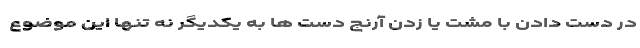
در دست دادن با مشت یا زدن آرنج دست ها به یکدیگر نه تنها این موضوع